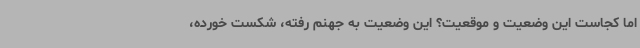
اما کجاست این وضعیت و موقعیت؟ این وضعیت به جهنم رفته، شکست خورده،